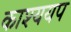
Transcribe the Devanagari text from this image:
काश्ययप